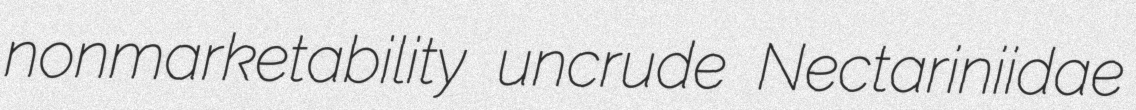
nonmarketability uncrude Nectariniidae